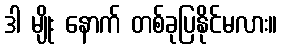
ဒါ မျိုး နောက် တစ်ခုပြနိုင်မလား။